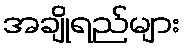
အချိုရည်များ